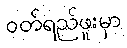
ဝတ်ရည်ဖူးမှာ